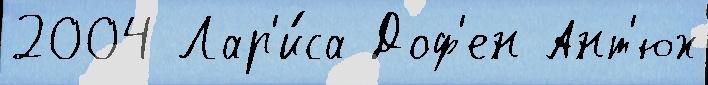
2004 Лар'и́са Доф'ен Ант'юх